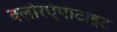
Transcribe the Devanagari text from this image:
क्लोरऐपाटाइट